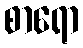
စာရော